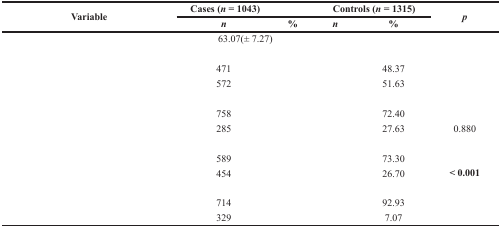
<table><thead><tr><td rowspan="2"><b>Variable</b></td><td colspan="2"><b>Cases (<i>n</i> = 1043)</b></td><td colspan="2"><b>Controls (<i>n</i> = 1315)</b></td><td rowspan="2"><b><i>p</i></b></td></tr><tr><td><b><i>n</i></b></td><td><b>%</b></td><td><b><i>n</i></b></td><td><b>%</b></td></tr></thead><tbody><tr><td>[EMPTY_CELL]</td><td colspan="2">63.07(± 7.27)</td><td colspan="2">[EMPTY_CELL]</td><td>[EMPTY_CELL]</td></tr><tr><td>[EMPTY_CELL]</td><td>[EMPTY_CELL]</td><td>[EMPTY_CELL]</td><td>[EMPTY_CELL]</td><td>[EMPTY_CELL]</td><td>[EMPTY_CELL]</td></tr><tr><td>[EMPTY_CELL]</td><td>471</td><td>[EMPTY_CELL]</td><td>[EMPTY_CELL]</td><td>48.37</td><td>[EMPTY_CELL]</td></tr><tr><td>[EMPTY_CELL]</td><td>572</td><td>[EMPTY_CELL]</td><td>[EMPTY_CELL]</td><td>51.63</td><td>[EMPTY_CELL]</td></tr><tr><td>[EMPTY_CELL]</td><td>[EMPTY_CELL]</td><td>[EMPTY_CELL]</td><td>[EMPTY_CELL]</td><td>[EMPTY_CELL]</td><td>[EMPTY_CELL]</td></tr><tr><td>[EMPTY_CELL]</td><td>758</td><td>[EMPTY_CELL]</td><td>[EMPTY_CELL]</td><td>72.40</td><td>[EMPTY_CELL]</td></tr><tr><td>[EMPTY_CELL]</td><td>285</td><td>[EMPTY_CELL]</td><td>[EMPTY_CELL]</td><td>27.63</td><td>0.880</td></tr><tr><td>[EMPTY_CELL]</td><td>[EMPTY_CELL]</td><td>[EMPTY_CELL]</td><td>[EMPTY_CELL]</td><td>[EMPTY_CELL]</td><td>[EMPTY_CELL]</td></tr><tr><td>[EMPTY_CELL]</td><td>589</td><td>[EMPTY_CELL]</td><td>[EMPTY_CELL]</td><td>73.30</td><td>[EMPTY_CELL]</td></tr><tr><td>[EMPTY_CELL]</td><td>454</td><td>[EMPTY_CELL]</td><td>[EMPTY_CELL]</td><td>26.70</td><td><b>&lt; 0.001</b></td></tr><tr><td>[EMPTY_CELL]</td><td>[EMPTY_CELL]</td><td>[EMPTY_CELL]</td><td>[EMPTY_CELL]</td><td>[EMPTY_CELL]</td><td>[EMPTY_CELL]</td></tr><tr><td>[EMPTY_CELL]</td><td>714</td><td>[EMPTY_CELL]</td><td>[EMPTY_CELL]</td><td>92.93</td><td>[EMPTY_CELL]</td></tr><tr><td>[EMPTY_CELL]</td><td>329</td><td>[EMPTY_CELL]</td><td>[EMPTY_CELL]</td><td>7.07</td><td>[EMPTY_CELL]</td></tr></tbody></table>